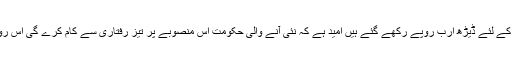
سپیکر عبدالقدوس بزنجو نے ایوان کو آگاہ کیا کہ پنجگور گچک آواران روڈ کی فزیبلٹی پر کام جاری ہے اس کے لئے ڈیڑھ ارب روپے رکھے گئے ہیں امید ہے کہ نئی آنے والی حکومت اس منصوبے پر تیز رفتاری سے کام کرے گی اس روڈ کی تکمیل سے بہت سے شہروں کے مسائل حل ہوں گے اور انہیں ذریعہ معاش تک رسائی حاصل ہوگی ۔